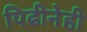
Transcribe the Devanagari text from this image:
पिढीनेही